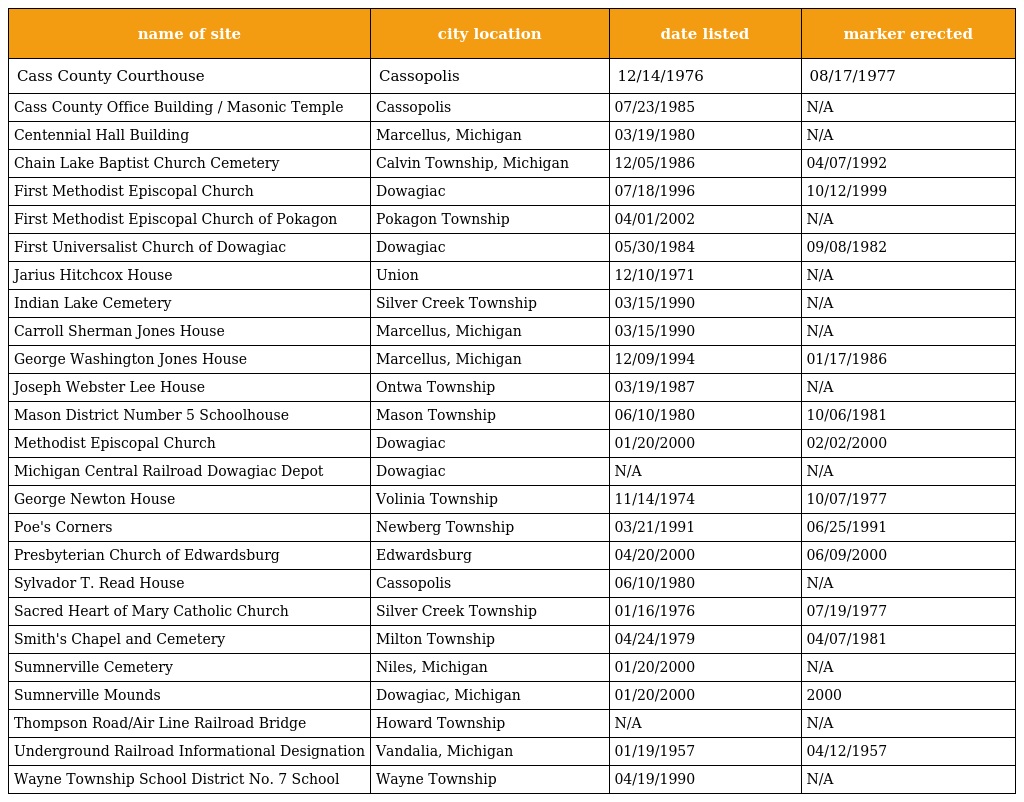
| name of site | city location | date listed | marker erected |
 | --- | --- | --- | --- |
 | Cass County Courthouse | Cassopolis | 12/14/1976 | 08/17/1977 |
 | Cass County Office Building / Masonic Temple | Cassopolis | 07/23/1985 | N/A |
 | Centennial Hall Building | Marcellus, Michigan | 03/19/1980 | N/A |
 | Chain Lake Baptist Church Cemetery | Calvin Township, Michigan | 12/05/1986 | 04/07/1992 |
 | First Methodist Episcopal Church | Dowagiac | 07/18/1996 | 10/12/1999 |
 | First Methodist Episcopal Church of Pokagon | Pokagon Township | 04/01/2002 | N/A |
 | First Universalist Church of Dowagiac | Dowagiac | 05/30/1984 | 09/08/1982 |
 | Jarius Hitchcox House | Union | 12/10/1971 | N/A |
 | Indian Lake Cemetery | Silver Creek Township | 03/15/1990 | N/A |
 | Carroll Sherman Jones House | Marcellus, Michigan | 03/15/1990 | N/A |
 | George Washington Jones House | Marcellus, Michigan | 12/09/1994 | 01/17/1986 |
 | Joseph Webster Lee House | Ontwa Township | 03/19/1987 | N/A |
 | Mason District Number 5 Schoolhouse | Mason Township | 06/10/1980 | 10/06/1981 |
 | Methodist Episcopal Church | Dowagiac | 01/20/2000 | 02/02/2000 |
 | Michigan Central Railroad Dowagiac Depot | Dowagiac | N/A | N/A |
 | George Newton House | Volinia Township | 11/14/1974 | 10/07/1977 |
 | Poe's Corners | Newberg Township | 03/21/1991 | 06/25/1991 |
 | Presbyterian Church of Edwardsburg | Edwardsburg | 04/20/2000 | 06/09/2000 |
 | Sylvador T. Read House | Cassopolis | 06/10/1980 | N/A |
 | Sacred Heart of Mary Catholic Church | Silver Creek Township | 01/16/1976 | 07/19/1977 |
 | Smith's Chapel and Cemetery | Milton Township | 04/24/1979 | 04/07/1981 |
 | Sumnerville Cemetery | Niles, Michigan | 01/20/2000 | N/A |
 | Sumnerville Mounds | Dowagiac, Michigan | 01/20/2000 | 2000 |
 | Thompson Road/Air Line Railroad Bridge | Howard Township | N/A | N/A |
 | Underground Railroad Informational Designation | Vandalia, Michigan | 01/19/1957 | 04/12/1957 |
 | Wayne Township School District No. 7 School | Wayne Township | 04/19/1990 | N/A |